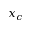
x _ { c }